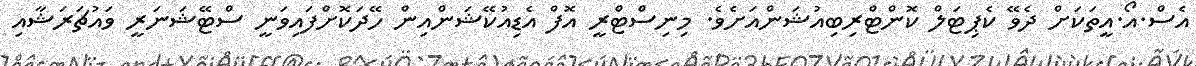
އެސް.އޯ.އީތަކަށް ދެވޭ ކެޕިޓަލް ކޮންޓްރިބިއުޝަންއަށެވެ. މިނިސްޓްރީ އޮފް އެޑިއުކޭޝަންއިން ހޭދަކޮށްފައިވަނީ ސްޓޭޝަނަރީ ވައުޗަރަޝާއި